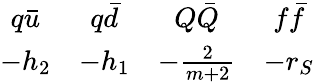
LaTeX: \begin{array}{cccc}{{q\bar{u}}}&{{q\bar{d}}}&{{Q\bar{Q}}}&{{f\bar{f}}}\\ {{-h_{2}}}&{{-h_{1}}}&{{-{\frac{2}{m+2}}}}&{{-r_{S}}}\end{array}